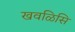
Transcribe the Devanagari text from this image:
खवळिसि